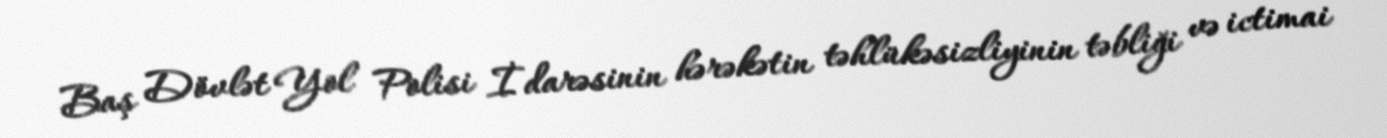
Baş Dövlət Yol Polisi İdarəsinin hərəkətin təhlükəsizliyinin təbliği və ictimai